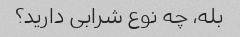
بله، چه نوع شرابی دارید؟